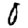
Digit: 0